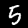
Label: 5